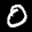
Label: 0